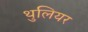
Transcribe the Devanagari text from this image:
थुलियर